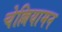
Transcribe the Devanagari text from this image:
चेल्लियामन